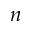
n